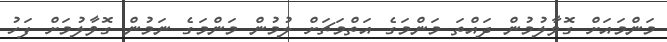
މަންމައަށް ގޮވާލުމުން ދައްތަ މަންމަގެ އަތްމަޗަށް ލުމުން މަންމަގެ ނަމުން ގޮވާލުމަށް ފަހު